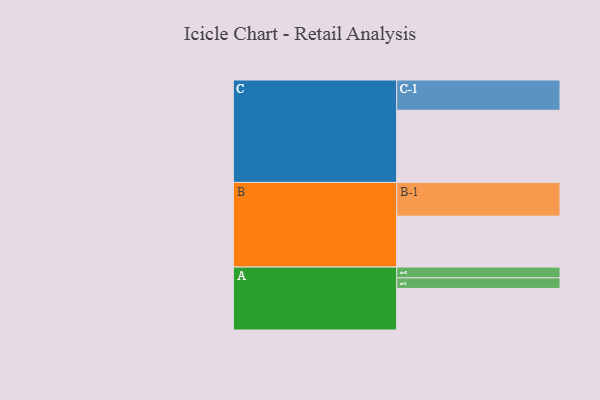
{"axis": {"x": "Segment", "y": "Value"}, "legend": ["", "A", "B", "C"], "data": [{"x": "A", "y": 302, "type": ""}, {"x": "B", "y": 370, "type": ""}, {"x": "C", "y": 524, "type": ""}, {"x": "A-1", "y": 77, "type": "A"}, {"x": "A-2", "y": 78, "type": "A"}, {"x": "B-1", "y": 245, "type": "B"}, {"x": "C-1", "y": 220, "type": "C"}]}